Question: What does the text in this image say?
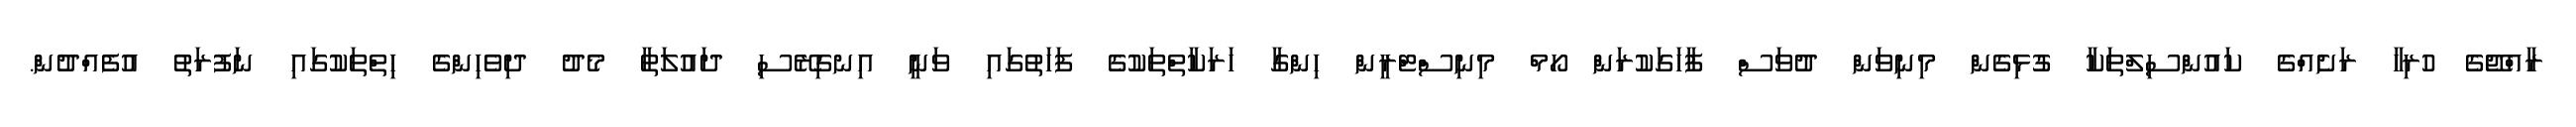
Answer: ރާއްޖޭގެ ހުރިހާ ރަށެއްގެ ކައުންސިލްތަކާ ގުޅިގެން މިނިވަން ދުވަސް ފާހަގަކުރަން ހޯމް މިނިސްޓްރީން ހިންގާ ހަރަކާތްތަކުގެ ފަހަތުގައި ވަނީ އިނގިރޭސި ދައުލަތާ މެދު ދިވެހިންގެ ހިތްތަކުގައި ނަފުރަތު އުފެއްދުން.